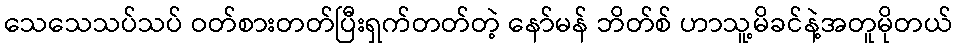
သေသေသပ်သပ် ဝတ်စားတတ်ပြီးရှက်တတ်တဲ့ နော်မန် ဘိတ်စ် ဟာသူ့မိခင်နဲ့အတူမိုတယ်